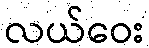
လယ်ဝေး